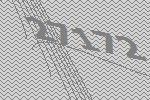
27172